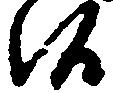
候